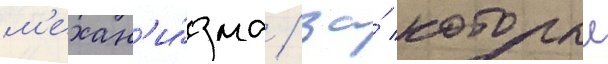
м'ехан'и́зма / за́ которыи